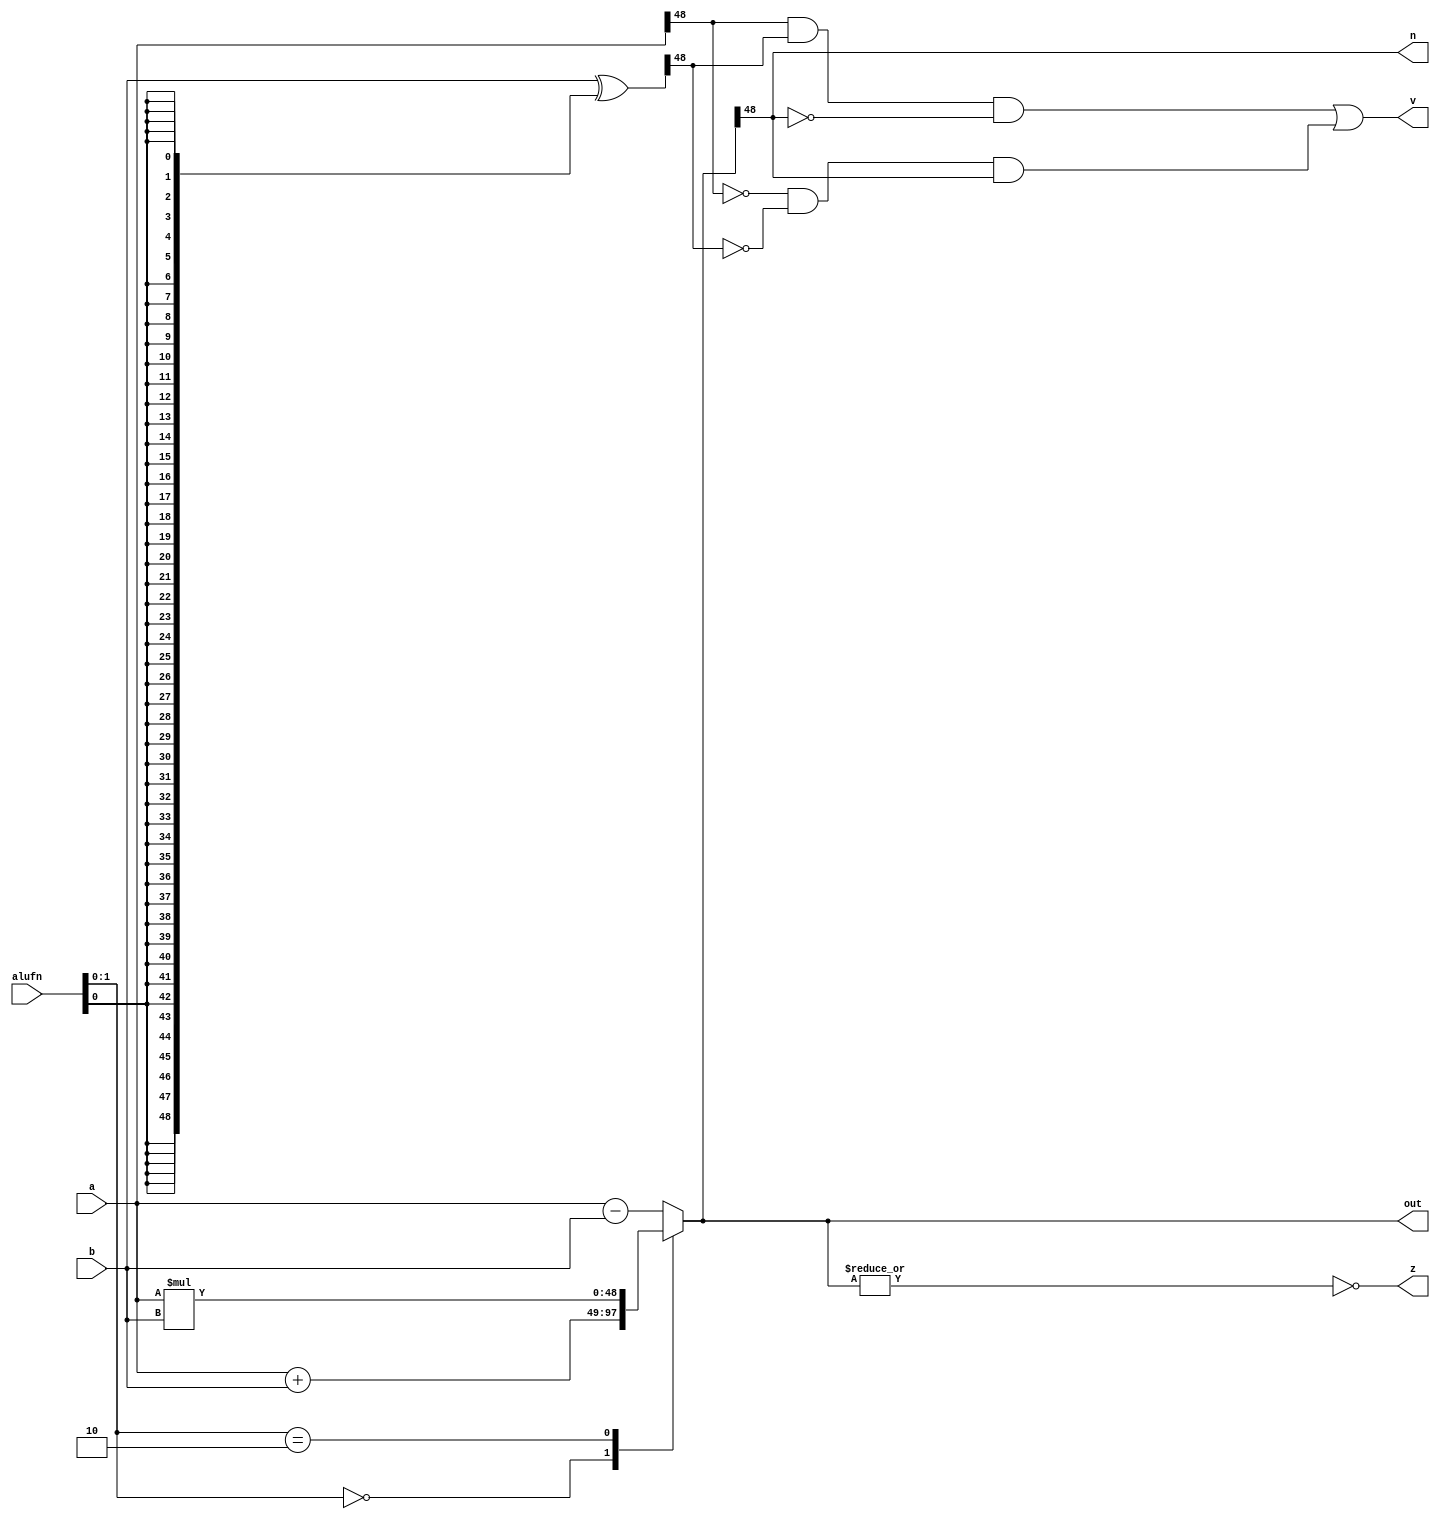
/*
   This file was generated automatically by the Mojo IDE version B1.3.6.
   Do not edit this file directly. Instead edit the original Lucid source.
   This is a temporary file and any changes made to it will be destroyed.
*/

module adder8_15 (
    input [5:0] alufn,
    input [48:0] a,
    input [48:0] b,
    output reg [48:0] out,
    output reg z,
    output reg n,
    output reg v
  );
  
  
  
  reg [48:0] sum;
  
  reg [48:0] xb;
  
  always @* begin
    xb = b ^ {6'h31{alufn[0+0-:1]}};
    
    case (alufn[0+1-:2])
      2'h0: begin
        sum = a + b;
      end
      2'h1: begin
        sum = a - b;
      end
      2'h2: begin
        sum = a * b;
      end
      default: begin
        sum = a - b;
      end
    endcase
    v = (a[48+0-:1] & xb[48+0-:1] & ~sum[48+0-:1]) | (~a[48+0-:1] & ~xb[48+0-:1] & sum[48+0-:1]);
    n = sum[48+0-:1];
    z = (~|sum);
    out = sum;
  end
endmodule